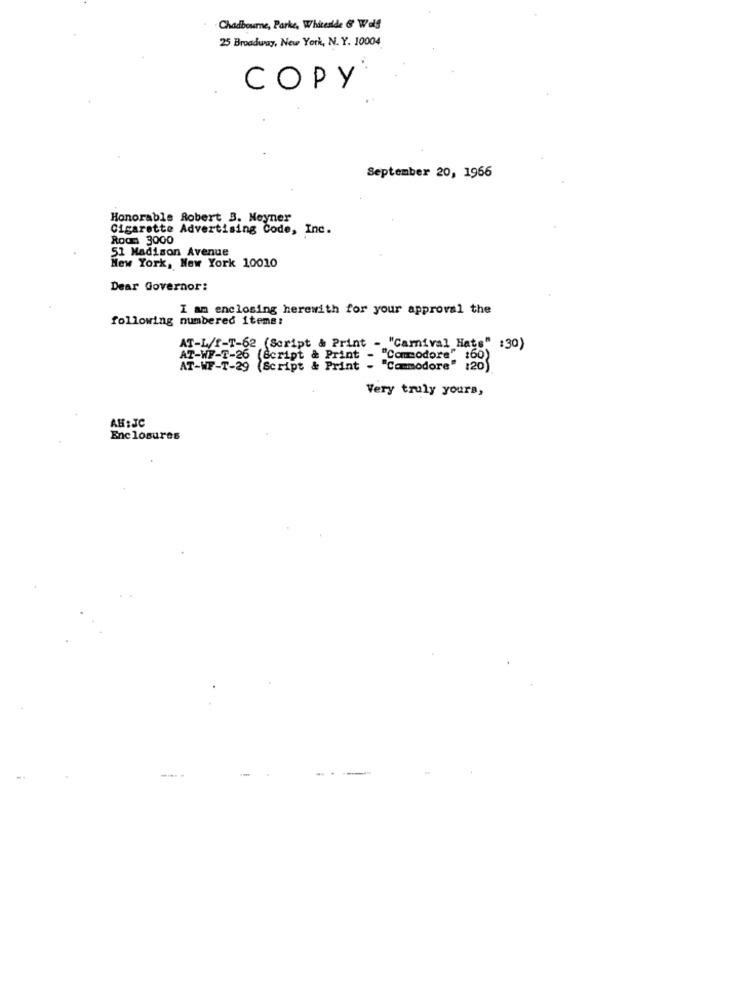
Chadbourne, Parke, Whiteside & Wolf
25 Broadway, New York, N. Y. 10004
COPY
September 20, 1966
Honorable Robert B. Neyner
Cigarette Advertising Code, Inc.
Room 3000
51 Madison Avenue
New York, New York 10010
Dear Governor:
I am enclosing herewith for your approval the
following numbered items:
AT-L/f-T-62 (Script & Print - "Carnival Hats" :30)
AT-WF-T-26 (Script & Print - "C
. "Commodore" :60)
AT-WF-T-29 (Script & Print - "Commodore" :20)
Very truly yours,
Enclosures
-- -